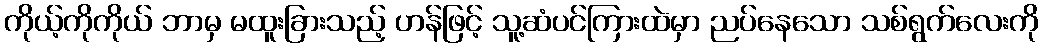
ကိုယ့်ကိုကိုယ် ဘာမှ မထူးခြားသည့် ဟန်ဖြင့် သူ့ဆံပင်ကြားထဲမှာ ညပ်နေသော သစ်ရွက်လေးကို